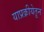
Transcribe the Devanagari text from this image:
याप्रक्रीयेतून